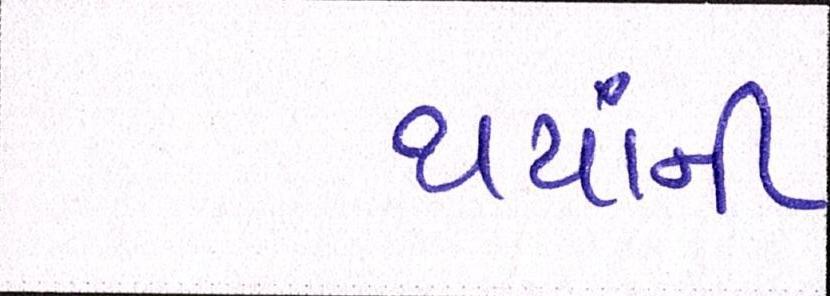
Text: થયાંની